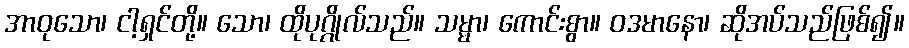
အာဝုသော၊ ငါ့ရှင်တို့။ သော၊ ထိုပုဂ္ဂိုလ်သည်။ သမ္မာ၊ ကောင်းစွာ။ ဝဒမာနော၊ ဆိုအပ်သည်ဖြစ်၍။